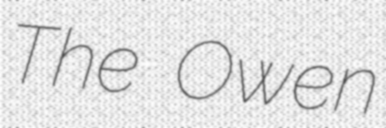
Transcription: The Owen